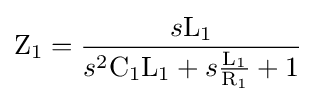
\mathrm {Z_{1}} ={\frac {s\mathrm {L_{1}} }{s^{2}\mathrm {C_{1}} \mathrm {L_{1}} +s{\frac {\mathrm {L_{1}} }{\mathrm {R_{1}} }}+\mathrm {1} }}